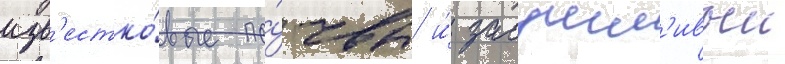
изв'естко́вые по́чвы и́ засушл'ивыи